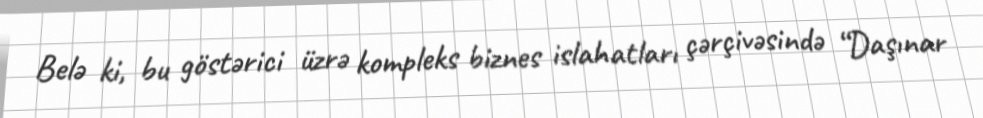
Belə ki, bu göstərici üzrə kompleks biznes islahatları çərçivəsində “Daşınar